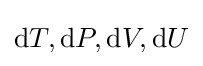
\mathrm {d} T,\mathrm {d} P,\mathrm {d} V,\mathrm {d} U